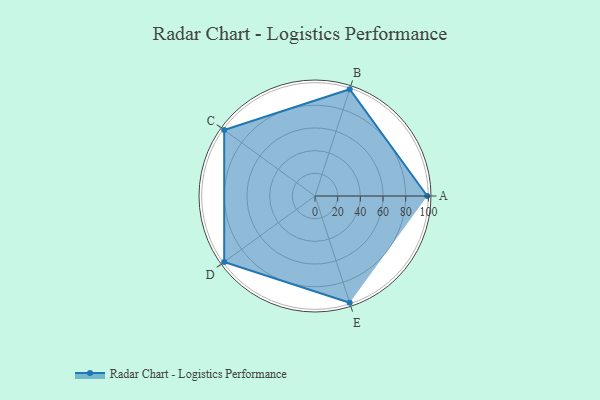
{"axis": {"x": "Skill", "y": "Score"}, "legend": ["Profile"], "data": [{"x": "A", "y": 99, "type": "Profile"}, {"x": "B", "y": 99, "type": "Profile"}, {"x": "C", "y": 99, "type": "Profile"}, {"x": "D", "y": 99, "type": "Profile"}, {"x": "E", "y": 99, "type": "Profile"}]}